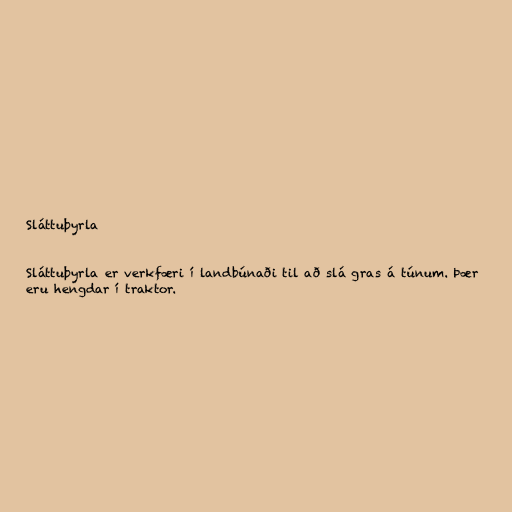
Sláttuþyrla

Sláttuþyrla er verkfæri í landbúnaði til að slá gras á túnum. Þær
eru hengdar í traktor.